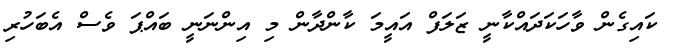
ކައިގެން ވާހަކަދައްކާނީ ޒަލަފް އައީމަ ކާންދާން މި އިންނަނީ ބައްޕަ ވެސް އެބަހުރި